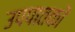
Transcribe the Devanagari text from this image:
उपपातकों